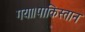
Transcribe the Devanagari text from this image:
गया।पाकिस्तान